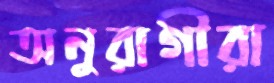
অনুরাগীরা